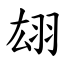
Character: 翃